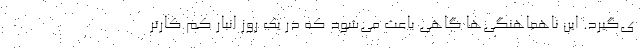
ی‌گیرد. این ناهماهنگی‌ها گاهی باعث می‌شود که در یک روز انبار کم کارتر